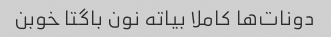
دونات‌ها کاملا بیاته نون باگتا خوبن